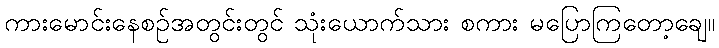
ကားမောင်းနေစဉ်အတွင်းတွင် သုံးယောက်သား စကား မပြောကြတော့ချေ။